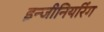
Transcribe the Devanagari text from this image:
इन्‍जीनियरिंग